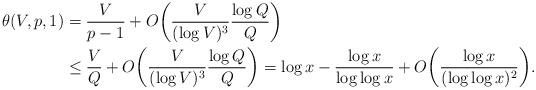
LaTeX: \begin{align*}\theta(V, p, 1) &= \frac V{p-1} + O\bigg( \frac{V}{(\log V)^3} \frac{\log Q}Q \bigg) \\&\le \frac VQ + O\bigg( \frac{V}{(\log V)^3} \frac{\log Q}Q \bigg) = \log x - \frac{\log x}{\log\log x} + O\bigg( \frac{\log x}{(\log\log x)^2} \bigg).\end{align*}